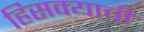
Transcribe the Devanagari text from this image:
हिसक्याची